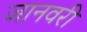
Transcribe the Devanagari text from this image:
जानवरी